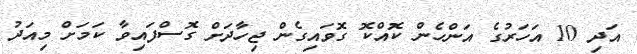
އަދި 10 އަހަރުގެ އަންހެން ކޮއްކޮ ގޮވައިގެން ޖިހާދަށް ގޮސްފައިވާ ކަމަށް މިއަދު